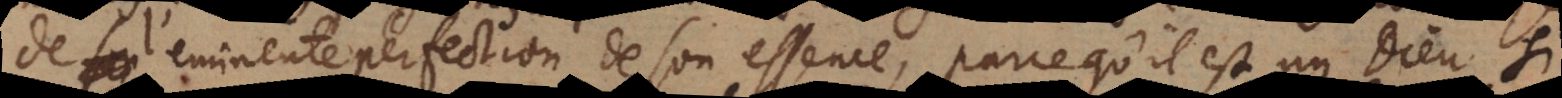
de l’eminente perfection de son essence, parcequ’il est un Dieu si